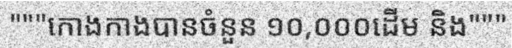
"""កោងកាងបានចំនួន ១០,០០០ដើម និង"""